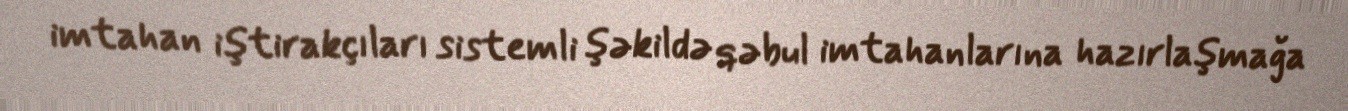
imtahan iştirakçıları sistemli şəkildə qəbul imtahanlarına hazırlaşmağa